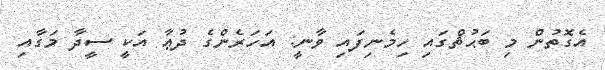
އެގޮތުން މި ބަޙުޘްގައި ހިމެނިފައި ވާނީ: އަހަރެންގެ ދުޢާ އަކީ ސީދާ މަގާއި